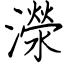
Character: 濴